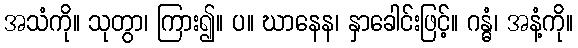
အသံကို။ သုတွာ၊ ကြား၍။ ပ။ ဃာနေန၊ နှာခေါင်းဖြင့်။ ဂန္ဓံ၊ အနံ့ကို။